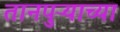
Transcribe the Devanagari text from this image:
तानपुऱ्याच्या